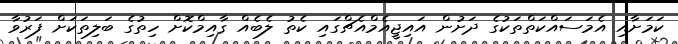
ކަމަށާއި އެމަސައްކަތްތަކުގެ ދަށުން އައިޖީއެމްއެޗްގައި ކެތު ލެބެއް ގާއިމްކޮށް ހިތުގެ ބަލިތަކަށް ފަރުވާ